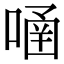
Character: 𠹄